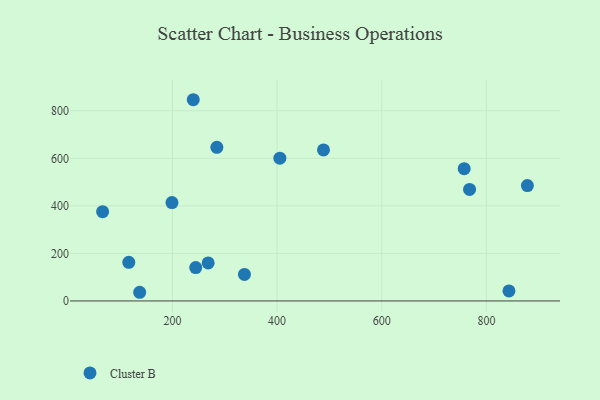
{"axis": {"x": "Experience", "y": "Salary"}, "legend": ["Cluster B"], "data": [{"x": "268.3", "y": 160.0, "type": "Cluster B"}, {"x": "284.9", "y": 646.1, "type": "Cluster B"}, {"x": "116.6", "y": 162.5, "type": "Cluster B"}, {"x": "66.6", "y": 375.5, "type": "Cluster B"}, {"x": "757.5", "y": 556.3, "type": "Cluster B"}, {"x": "405.3", "y": 600.6, "type": "Cluster B"}, {"x": "244.5", "y": 140.4, "type": "Cluster B"}, {"x": "878.3", "y": 485.3, "type": "Cluster B"}, {"x": "239.8", "y": 846.4, "type": "Cluster B"}, {"x": "137.4", "y": 36.5, "type": "Cluster B"}, {"x": "767.8", "y": 468.9, "type": "Cluster B"}, {"x": "843.1", "y": 42.2, "type": "Cluster B"}, {"x": "199.1", "y": 414.0, "type": "Cluster B"}, {"x": "488.7", "y": 635.1, "type": "Cluster B"}, {"x": "337.6", "y": 111.4, "type": "Cluster B"}]}